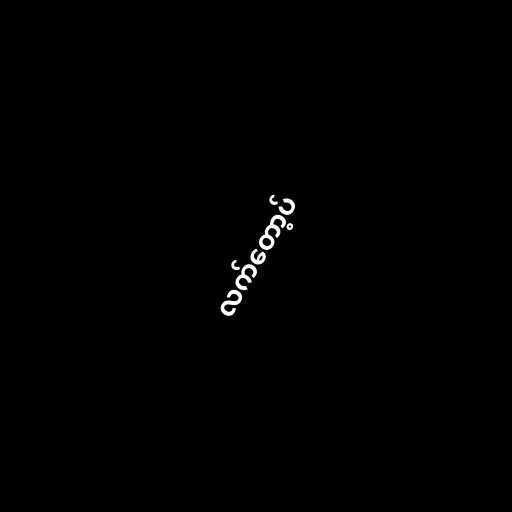
လက်တော့ပ်